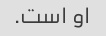
او است.